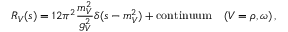
R _ { V } ( s ) = 1 2 \pi ^ { 2 } \frac { m _ { V } ^ { 2 } } { g _ { V } ^ { 2 } } \delta ( s - m _ { V } ^ { 2 } ) + \mathrm { c o n t i n u u m } \quad ( V = \rho , \omega ) \, ,